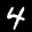
Label: 4